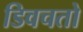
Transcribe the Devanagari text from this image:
डिवचतो